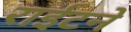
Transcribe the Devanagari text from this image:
राईटने